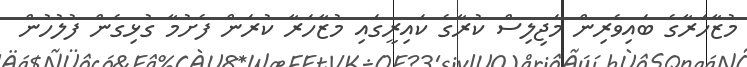
މުޒާހަރާގެ ބައިވެރިން މަޖިލިސް ކުރާގެ ކައިރީގައި މުޒާހަރާ ކުރަން ފެށުމާ ގުޅިގެން ފުލުހުން